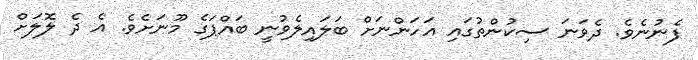
ފެނުނެވެ. ދެވަނަ ސިކުންތުގައި އަހަންނަށް ބަލައިލެވުނީ ބައްޕަގެ މޫނަށެވެ. އެ ދެ ލޮލަށް